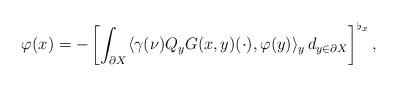
LaTeX: \begin{align*}\varphi(x)=-\left[\int_{\partial X}\langle \gamma(\nu)Q_yG(x,y)(\cdot),\varphi(y)\rangle_y\, d_{y\in \partial X}\right]^{\flat_x},\end{align*}